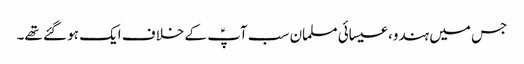
جس میں ہندو، عیسائی مسلمان سب آپؑ کے خلاف ایک ہو گئے تھے۔